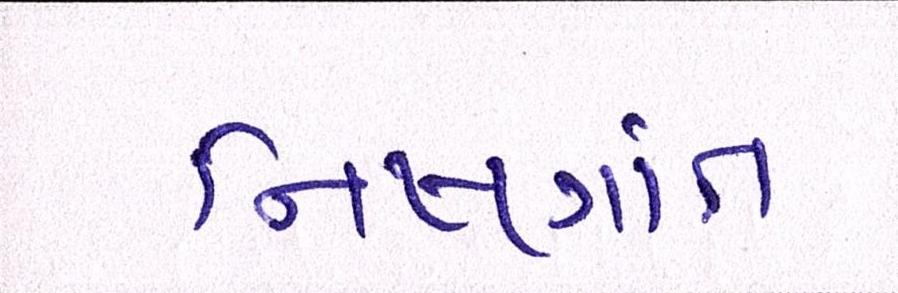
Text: નિષ્ણાંત